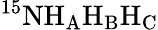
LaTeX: ^{15}\mathrm{N}\mathrm{H_{A}H_{B}H_{C}}